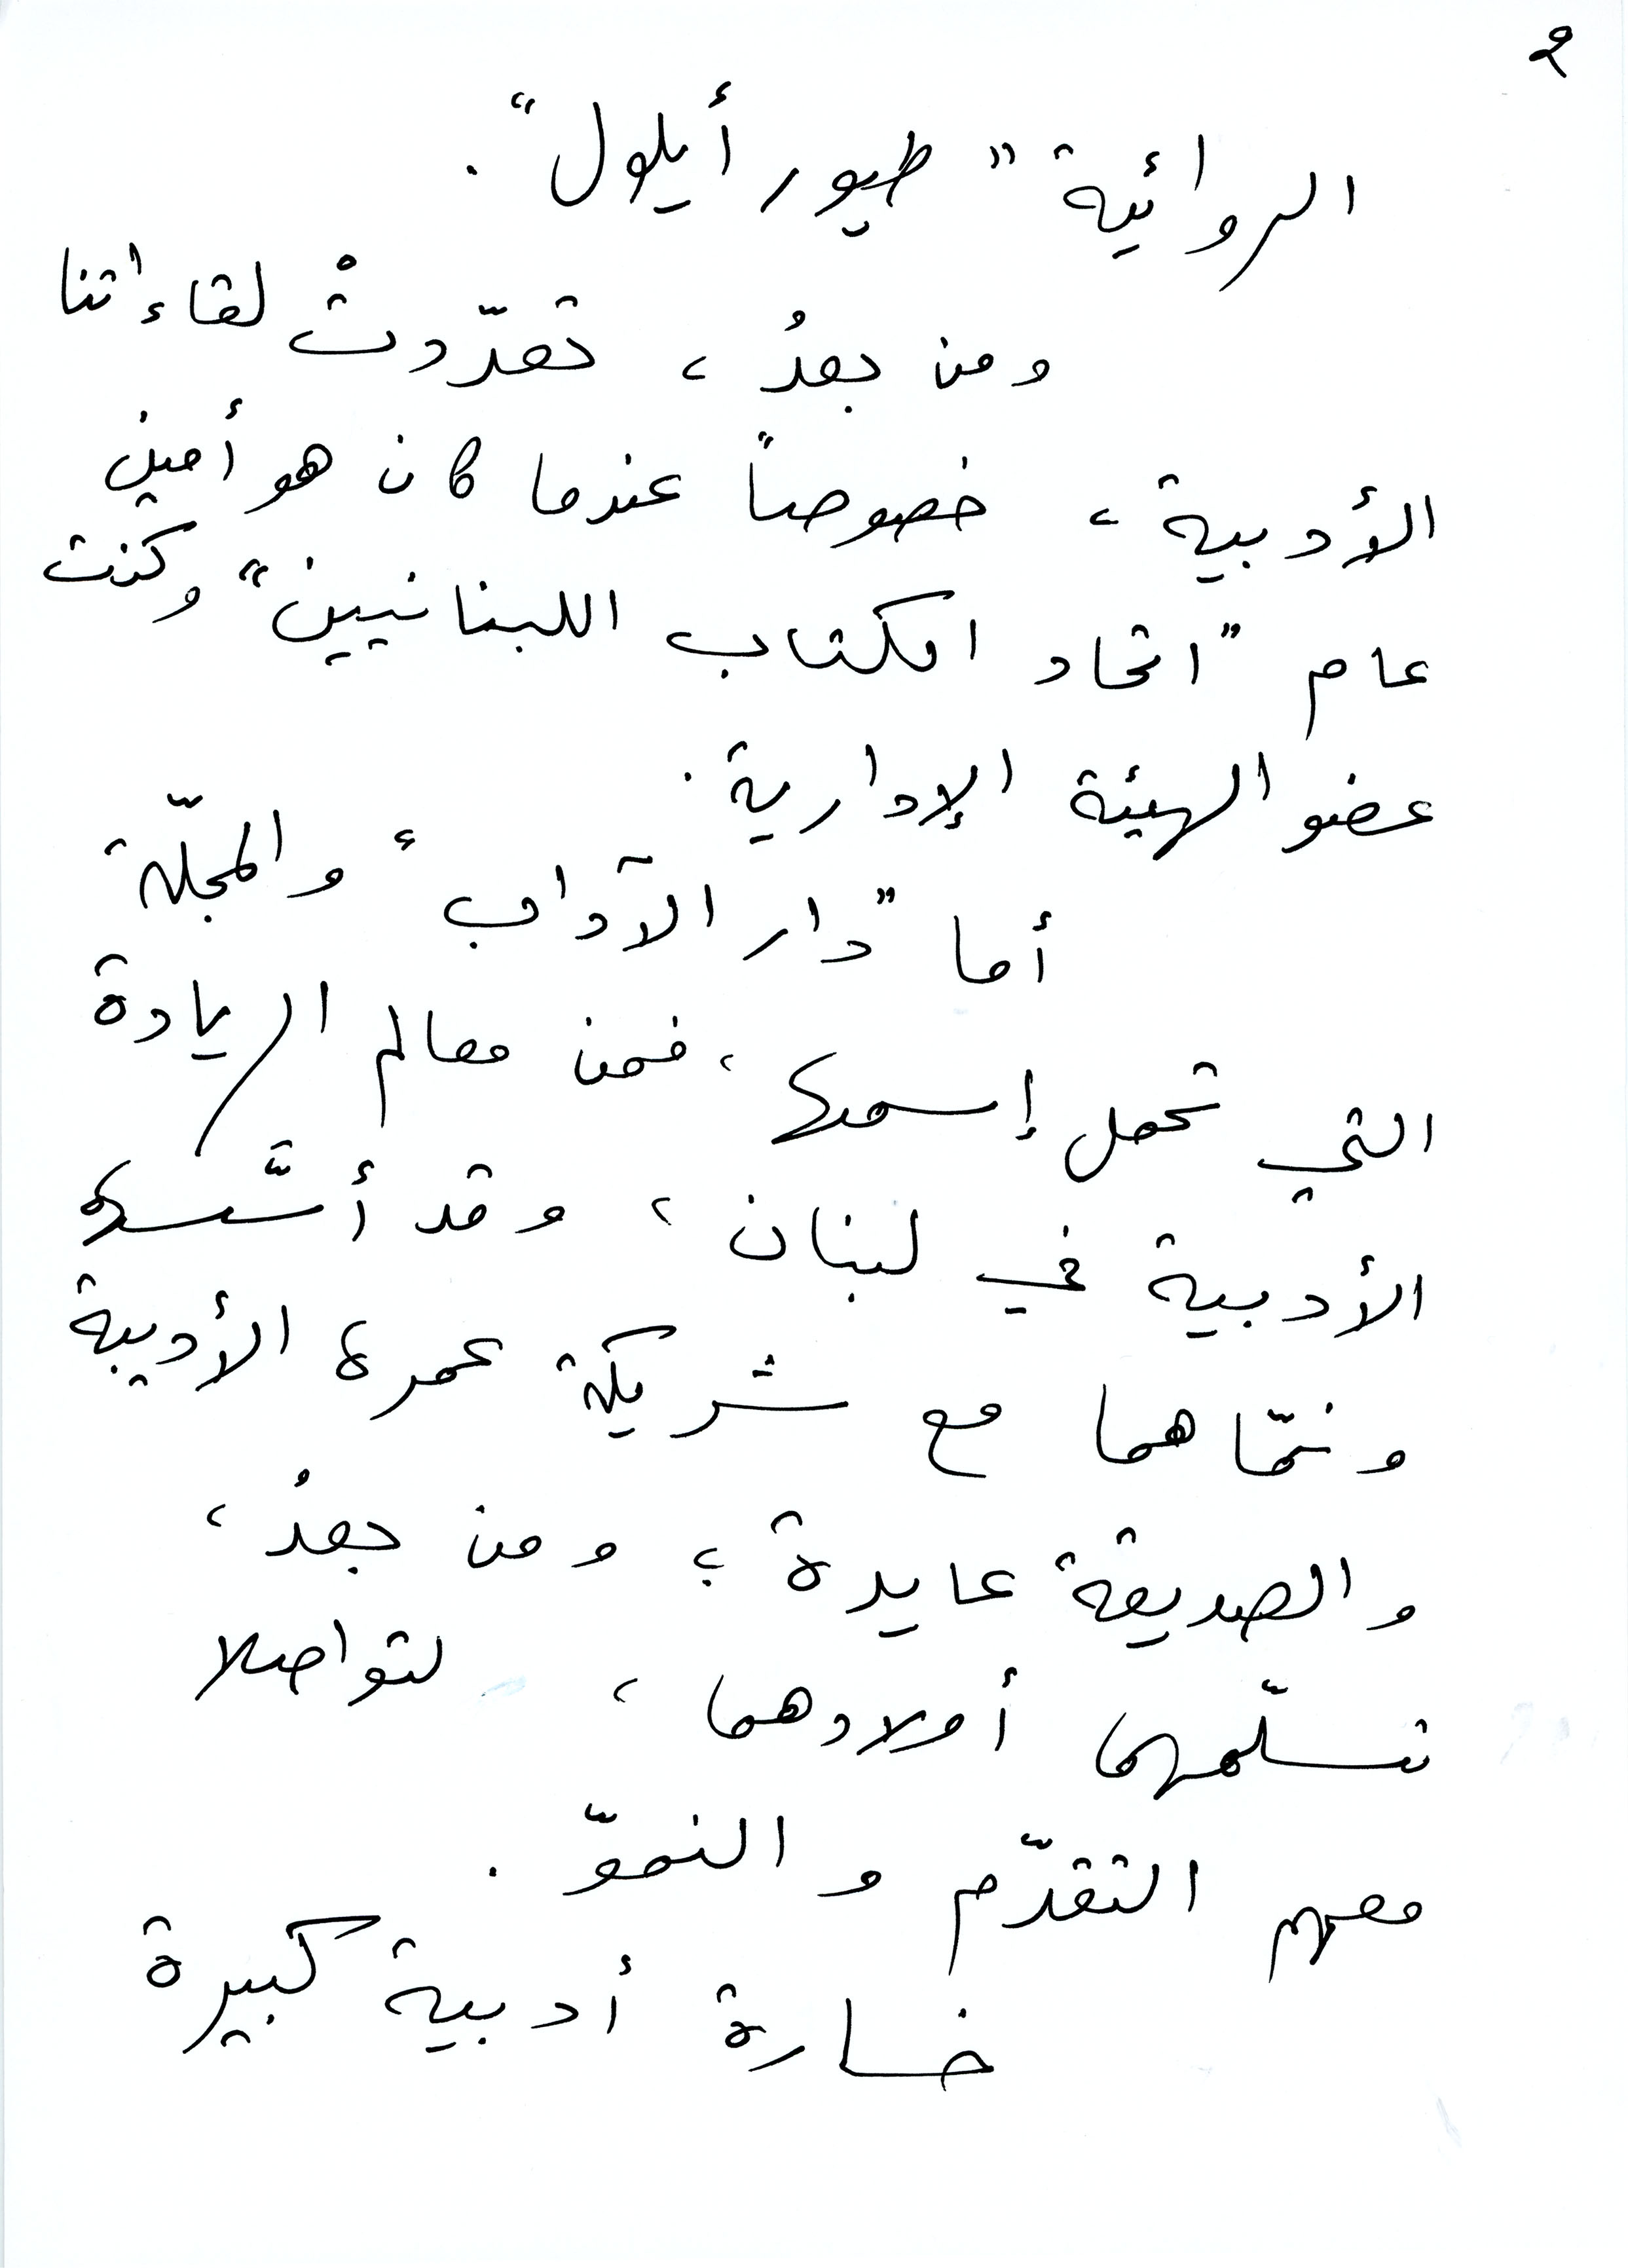
الروائية "طيور أيلول"
ومن بعدُ، تعدّدت لقاءاتنا
الأدبية، خصوصًا عندا كان هو أمين
عام "اتحاد الكتاب اللبنانيين: وكنت
عضو الهيئة الإدارية.
أما "دار الآداب" والمجلّة
التي تحمل اسمها، فمن معالم الريادة
الأدبية في لبنان، وقد أسسهما
ونمّاهما مع شريكة عمره الأدبية
والصديقة عايدة؛ ومن بعدُ،
تسلّمهما أولادهما، لتواصلا
معهم التقدّم والنموّ.
خسارة أدبية كبيرة